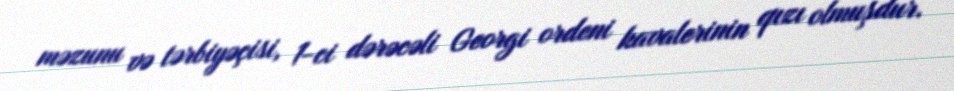
məzunu və tərbiyəçisi, 1-ci dərəcəli Georgi ordeni kavalerinin qızı olmuşdur.